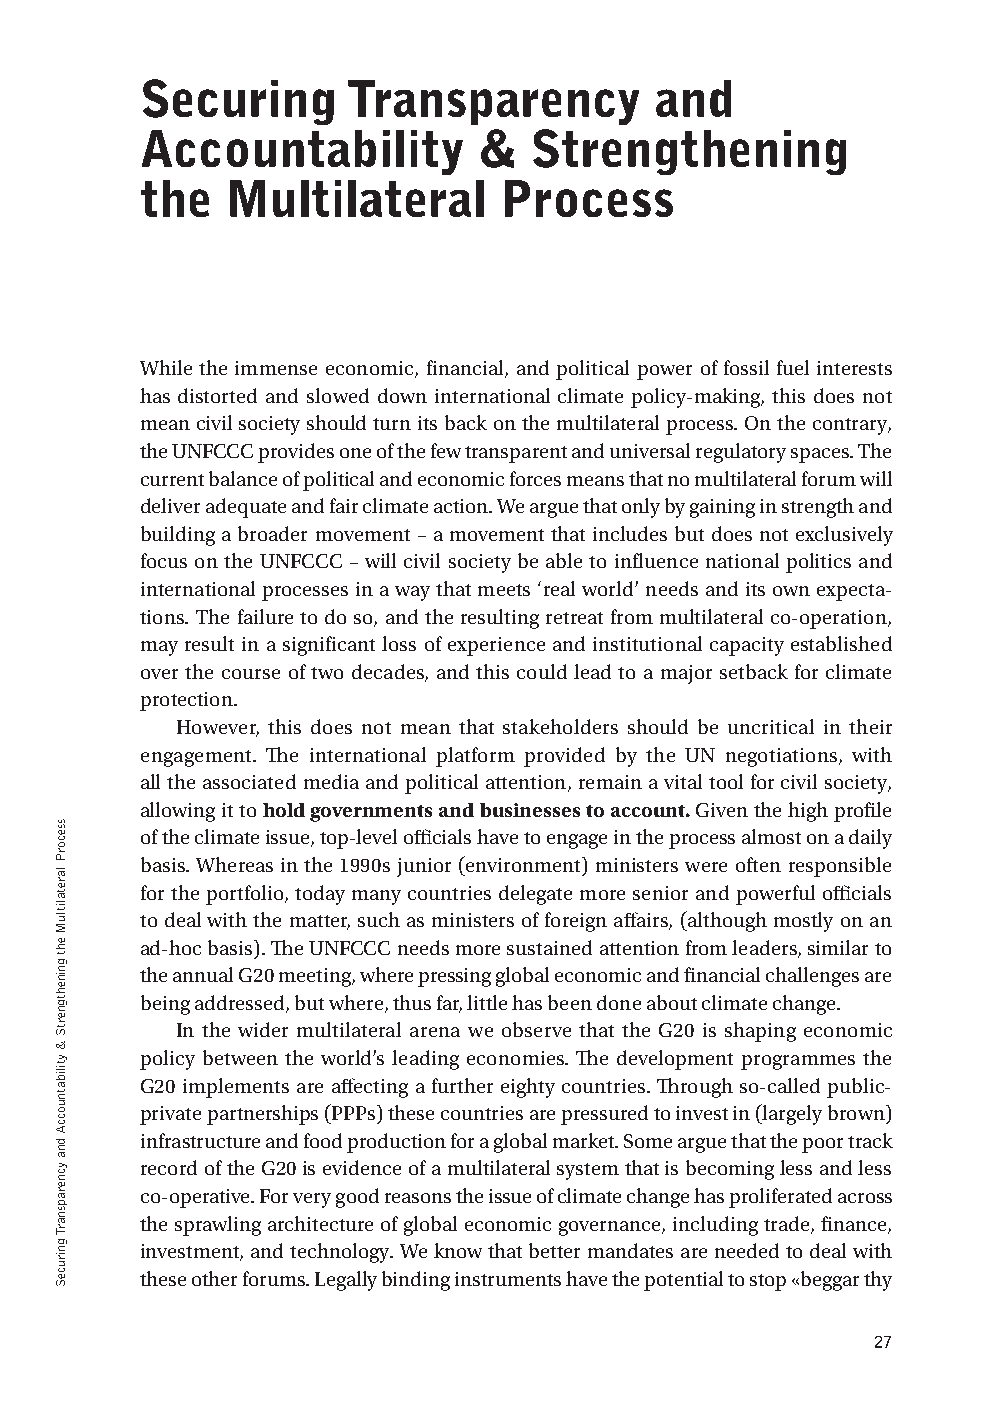
securing      transparency        and
 accountability         &  strengthening
 the   multilateral      Process
 While the immense economic, financial, and political power of fossil fuel interests
 has distorted and slowed down international climate policy-making, this does not
 mean civil society should turn its back on the multilateral process. On the contrary,
 the UNFCCC provides one of the few transparent and universal regulatory spaces. The
 current balance of political and economic forces means that no multilateral forum will
 deliver adequate and fair climate action. We argue that only by gaining in strength and
 building a broader movement – a movement that includes but does not exclusively
 focus on the UNFCCC – will civil society be able to influence national politics and
 international processes in a way that meets ‘real world’ needs and its own expecta-
 tions. The failure to do so, and the resulting retreat from multilateral co-operation,
 may result in a significant loss of experience and institutional capacity established
 over the course of two decades, and this could lead to a major setback for climate
 protection.
 However, this does not mean that stakeholders should be uncritical in their
 engagement. The international platform provided by the UN negotiations, with
 all the associated media and political attention, remain a vital tool for civil society,
 allowing it to hold governments and businesses to account. Given the high profile
 of the climate issue, top-level officials have to engage in the process almost on a daily
 basis. Whereas in the 1990s junior (environment) ministers were often responsible
 for the portfolio, today many countries delegate more senior and powerful officials
 to deal with the matter, such as ministers of foreign affairs, (although mostly on an
 ad-hoc basis). The UNFCCC needs more sustained attention from leaders, similar to
 the annual G20 meeting, where pressing global economic and financial challenges are
 being addressed, but where, thus far, little has been done about climate change.
 In the wider multilateral arena we observe that the G20 is shaping economic
 policy between the world’s leading economies. The development programmes the
 G20 implements are affecting a further eighty countries. Through so-called public-
 private partnerships (PPPs) these countries are pressured to invest in (largely brown)
 infrastructure and food production for a global market. Some argue that the poor track
 record of the G20 is evidence of a multilateral system that is becoming less and less
 co-operative. For very good reasons the issue of climate change has proliferated across
 the sprawling architecture of global economic governance, including trade, finance,
 investment, and technology. We know that better mandates are needed to deal with
 these other forums. Legally binding instruments have the potential to stop «beggar thy
 27
 teseR
 cigetartS
 a rof
 llaC
 A
 ?scitiloP
 etamilC
 lanoitanretnI
 rof
 erutuF
 tahW
 ssecorP
 laretalitluM
 eht
 gninehtgnertS
 &
 ytilibatnuoccA
 dna
 ycnerapsnarT
 gniruceS